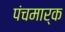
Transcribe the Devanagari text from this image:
पंचमार्क